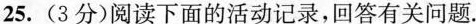
25.(3分)阅读下面的活动记录，回答有关问题。